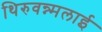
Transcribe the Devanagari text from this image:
थिरुवन्न्मलाई